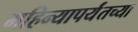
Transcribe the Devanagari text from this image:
महिन्यापर्यंतच्या